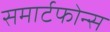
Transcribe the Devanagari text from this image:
समार्टफोन्स